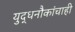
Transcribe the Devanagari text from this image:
युद्धनौकांचाही